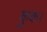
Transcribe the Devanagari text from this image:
कुक।